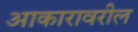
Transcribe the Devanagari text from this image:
आकारावरील